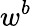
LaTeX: w^{b}